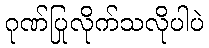
ဂုဏ်ပြုလိုက်သလိုပါပဲ